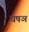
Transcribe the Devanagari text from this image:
घषञ